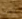
بارت